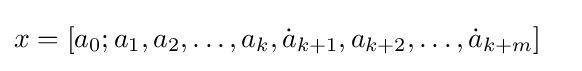
{\begin{aligned}x&=[a_{0};a_{1},a_{2},\dots ,a_{k},{\dot {a}}_{k+1},a_{k+2},\dots ,{\dot {a}}_{k+m}]\end{aligned}}